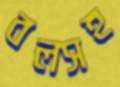
বলসহ